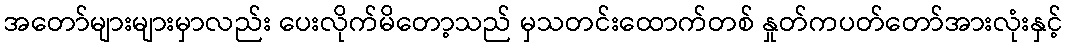
အတော်များများမှာလည်း ပေးလိုက်မိတော့သည် မှသတင်းထောက်တစ် နှုတ်ကပတ်တော်အားလုံးနှင့်